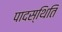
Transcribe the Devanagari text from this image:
पादस्थिति